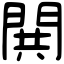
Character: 閧